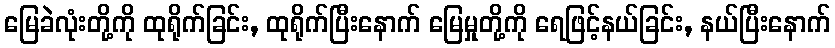
မြေခဲလုံးတို့ကို ထုရိုက်ခြင်း, ထုရိုက်ပြီးနောက် မြေမှုတို့ကို ရေဖြင့်နယ်ခြင်း, နယ်ပြီးနောက်